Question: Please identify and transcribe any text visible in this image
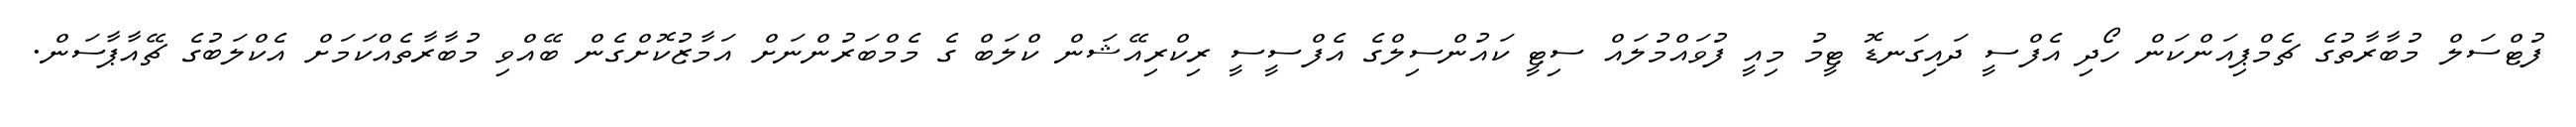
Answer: ފުޓްސަލް މުބާރާތުގެ ޗެމްޕިއަންކަން ހޯދި އެފްސީ ދައިގަނޑޮ ޓީމު މިއީ ފުވައްމުލައް ސިޓީ ކައުންސިލްގެ އެފްސީސީ ރިކްރިއޭޝަން ކްލަބް ގެ މެމްބަރުންނަށް އަމާޒުކޮށްގެން ބޭއްވި މުބާރާތެއްކަމަށް އެކްލަބުގެ ޗޭއާޕާސަން.